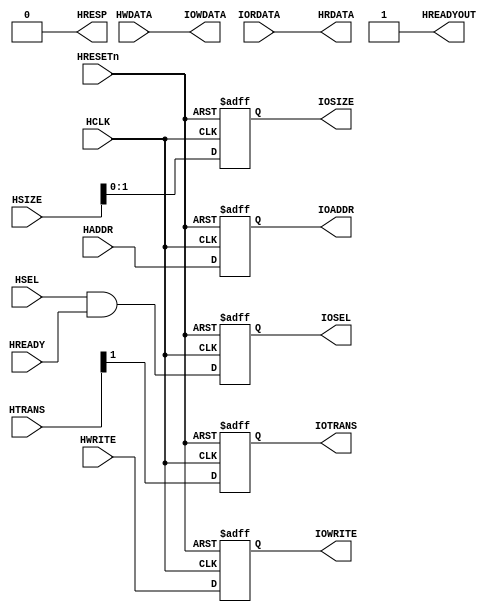
//------------------------------------------------------------------------------
// The confidential and proprietary information contained in this file may
// only be used by a person authorised under and to the extent permitted
// by a subsisting licensing agreement from ARM Limited.
//
//            (C) COPYRIGHT 2010-2015  ARM Limited or its affiliates.
//                ALL RIGHTS RESERVED
//
// This entire notice must be reproduced on all copies of this file
// and copies of this file may only be made by a person if such person is
// permitted to do so under the terms of a subsisting license agreement
// from ARM Limited.
//
//  Version and Release Control Information:
//
//  File Revision       : $Revision: 275084 $
//  File Date           : $Date: 2014-03-27 15:09:11 +0000 (Thu, 27 Mar 2014) $
//
//  Release Information : Cortex-M0 DesignStart-r1p0-00rel0
//------------------------------------------------------------------------------
// Verilog-2001 (IEEE Std 1364-2001)
//------------------------------------------------------------------------------
//
// Simple AHB to IOP Bridge (for use with the IOP GPIO to make an AHB GPIO).
//
//-----------------------------------------------------------------------------

module cmsdk_ahb_to_iop
// ----------------------------------------------------------------------------
// Port Definitions
// ----------------------------------------------------------------------------
  (// AHB Inputs
   input  wire                 HCLK,      // system bus clock
   input  wire                 HRESETn,   // system bus reset
   input  wire                 HSEL,      // AHB peripheral select
   input  wire                 HREADY,    // AHB ready input
   input  wire  [1:0]          HTRANS,    // AHB transfer type
   input  wire  [2:0]          HSIZE,     // AHB hsize
   input  wire                 HWRITE,    // AHB hwrite
   input  wire [11:0]          HADDR,     // AHB address bus
   input  wire [31:0]          HWDATA,    // AHB write data bus

   // IOP Inputs
   input wire [31:0]           IORDATA,    // I/0 read data bus

   // AHB Outputs
   output wire                 HREADYOUT, // AHB ready output to S->M mux
   output wire                 HRESP,     // AHB response
   output wire [31:0]          HRDATA,

   // IOP Outputs
   output reg                  IOSEL,      // Decode for peripheral
   output reg  [11:0]          IOADDR,     // I/O transfer address
   output reg                  IOWRITE,    // I/O transfer direction
   output reg  [1:0]           IOSIZE,     // I/O transfer size
   output reg                  IOTRANS,    // I/O transaction
   output wire [31:0]          IOWDATA);   // I/O write data bus

  // ----------------------------------------------------------
  // Read/write control logic
  // ----------------------------------------------------------

  // registered HSEL, update only if selected to reduce toggling
  always @(posedge HCLK or negedge HRESETn)
  begin
    if (~HRESETn)
      IOSEL <= 1'b0;
    else
      IOSEL <= HSEL & HREADY;
  end

  // registered address, update only if selected to reduce toggling
  always @(posedge HCLK or negedge HRESETn)
  begin
    if (~HRESETn)
      IOADDR <= {12{1'b0}};
    else
      IOADDR <= HADDR[11:0];
  end

  // Data phase write control
  always @(posedge HCLK or negedge HRESETn)
  begin
    if (~HRESETn)
      IOWRITE <= 1'b0;
    else
      IOWRITE <= HWRITE;
  end

  // registered hsize, update only if selected to reduce toggling
  always @(posedge HCLK or negedge HRESETn)
  begin
    if (~HRESETn)
      IOSIZE <= {2{1'b0}};
    else
      IOSIZE <= HSIZE[1:0];
  end

  // registered HTRANS, update only if selected to reduce toggling
  always @(posedge HCLK or negedge HRESETn)
  begin
    if (~HRESETn)
      IOTRANS <= 1'b0;
    else
      IOTRANS <= HTRANS[1];
  end

  assign IOWDATA   = HWDATA;
  assign HRDATA    = IORDATA;
  assign HREADYOUT = 1'b1;
  assign HRESP     = 1'b0;

endmodule